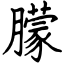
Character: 朦